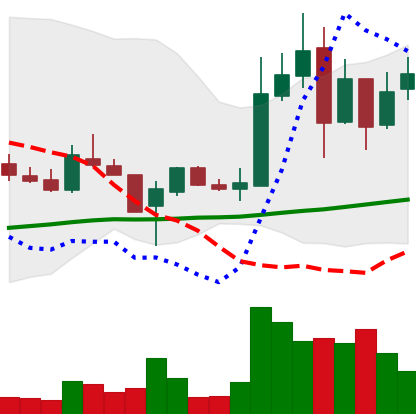
Ticker: LTC-USD
Chart end date: 2017-11-14
Forward return: 14.215%
Label: up_7plus